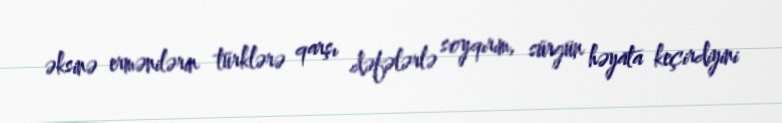
əksinə ermənilərin türklərə qarşı dəfələrlə soyqırım, sürgün həyata keçirdiyini